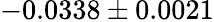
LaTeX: -0.0338\pm 0.0021